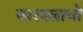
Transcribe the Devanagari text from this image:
यारस्लावो